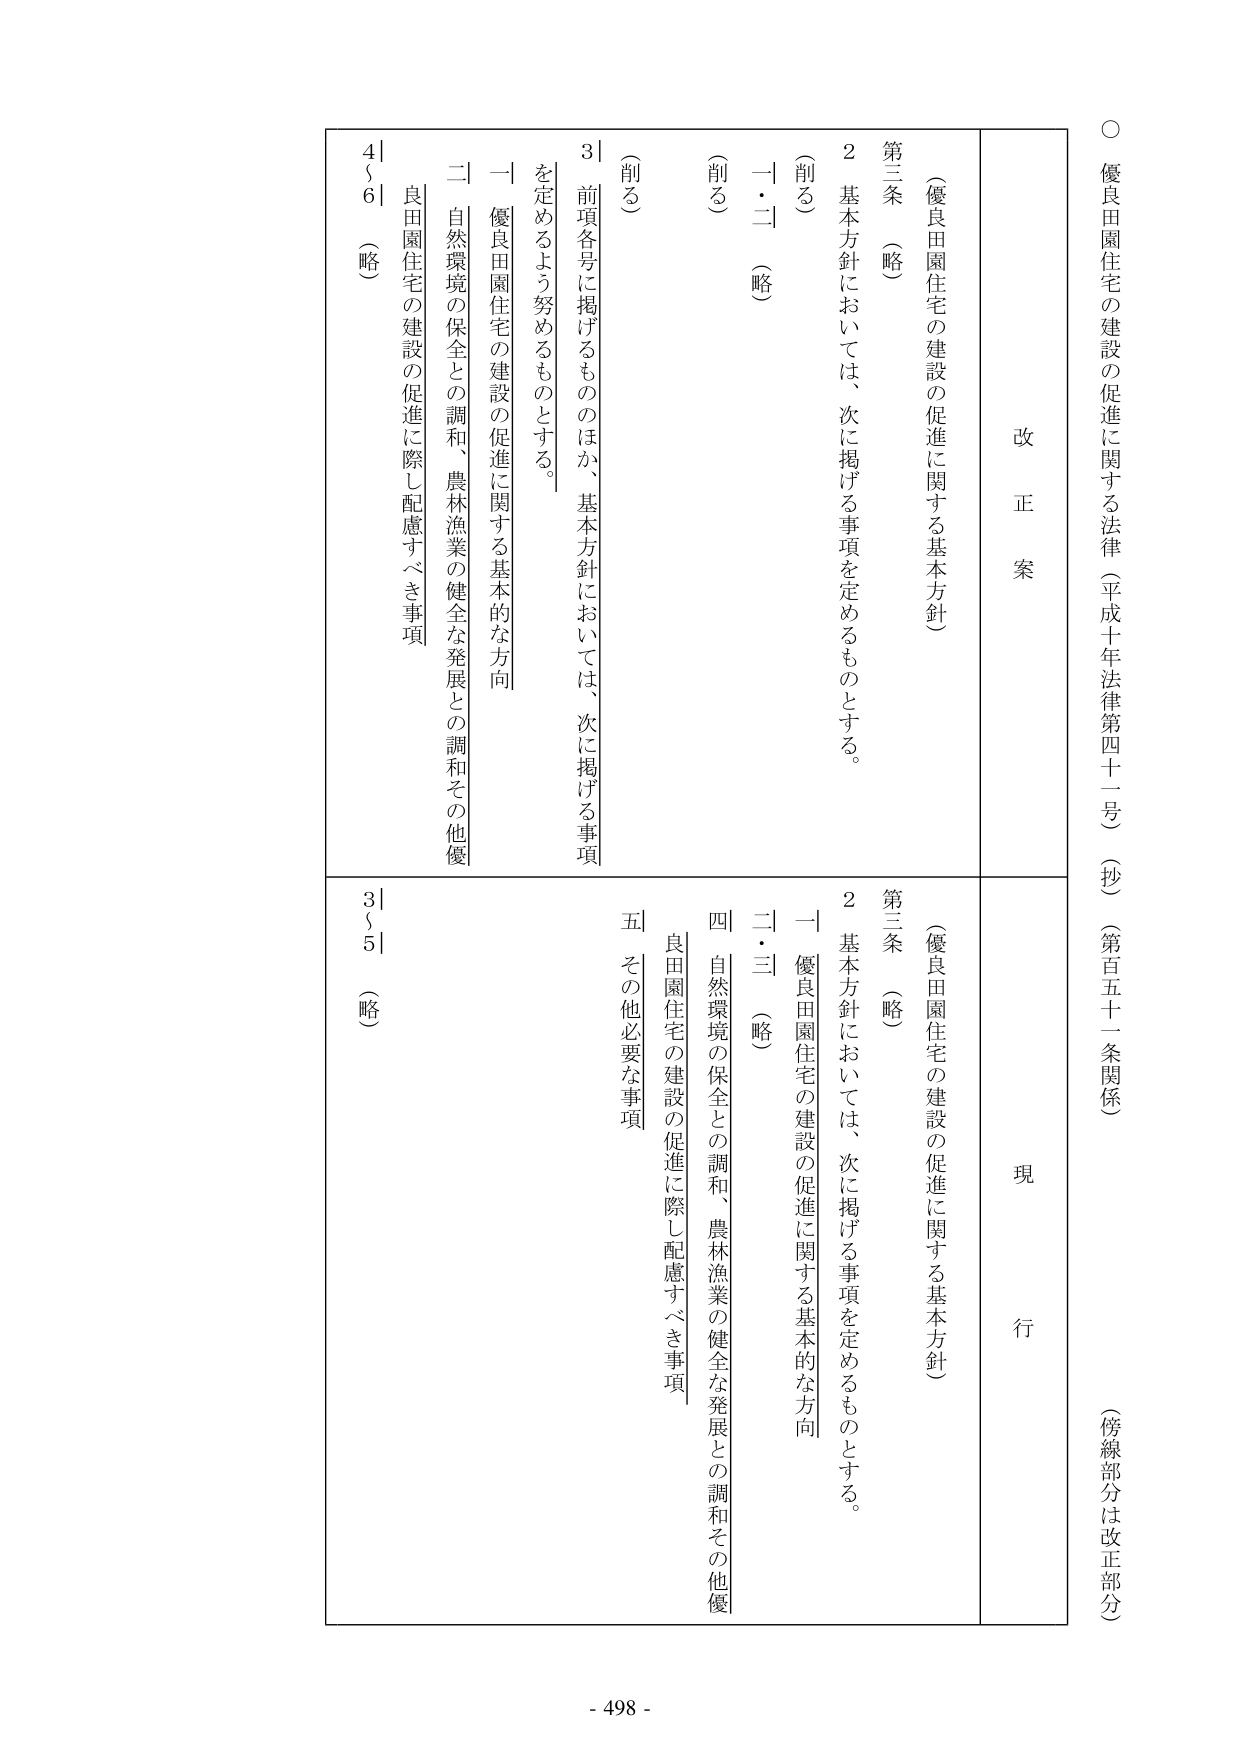
○ 優良田園住宅の建設の促進に関する法律（平成十年法律第四十二号）（抄）（第百五十一条関係）
（傍線部分は改正部分）

改正案
現行

（優良田園住宅の建設の促進に関する基本方針）
第三条 （略）
２ 基本方針においては、次に掲げる事項を定めるものとする。
（削る）
一・二 （略）
（削る）

３ 前項各号に掲げるもののほか、基本方針においては、次に掲げる事項を定めるよう努めるものとする。
一 優良田園住宅の建設の促進に関する基本的な方向
二 自然環境の保全との調和、農林漁業の健全な発展との調和その他優良田園住宅の建設の促進に際し配慮すべき事項
４～６ （略）

（優良田園住宅の建設の促進に関する基本方針）
第三条 （略）
２ 基本方針においては、次に掲げる事項を定めるものとする。
一 優良田園住宅の建設の促進に関する基本的な方向
二・三 （略）
四 自然環境の保全との調和、農林漁業の健全な発展との調和その他優良田園住宅の建設の促進に際し配慮すべき事項
五 その他必要な事項
３～５ （略）

- 498 -